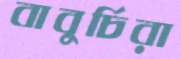
বাবুর্চিরা